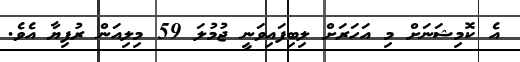
އެ ކޮމިޝަނަށް މި އަހަރަށް ލިބިފައިވަނީ ޖުމުލަ 59 މިލިއަން ރުފިޔާ އެވެ.